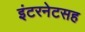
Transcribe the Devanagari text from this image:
इंटरनेटसह